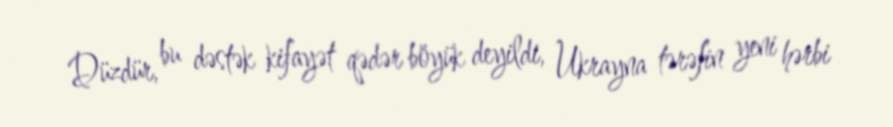
Düzdür, bu dəstək kifayət qədər böyük deyildi, Ukrayna tərəfin yeni hərbi